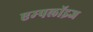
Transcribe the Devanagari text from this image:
एम्‍पलॉइज